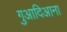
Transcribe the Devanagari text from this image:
गुआदिआना